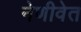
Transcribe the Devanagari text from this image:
नेणीवेत